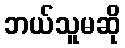
ဘယ်သူမဆို